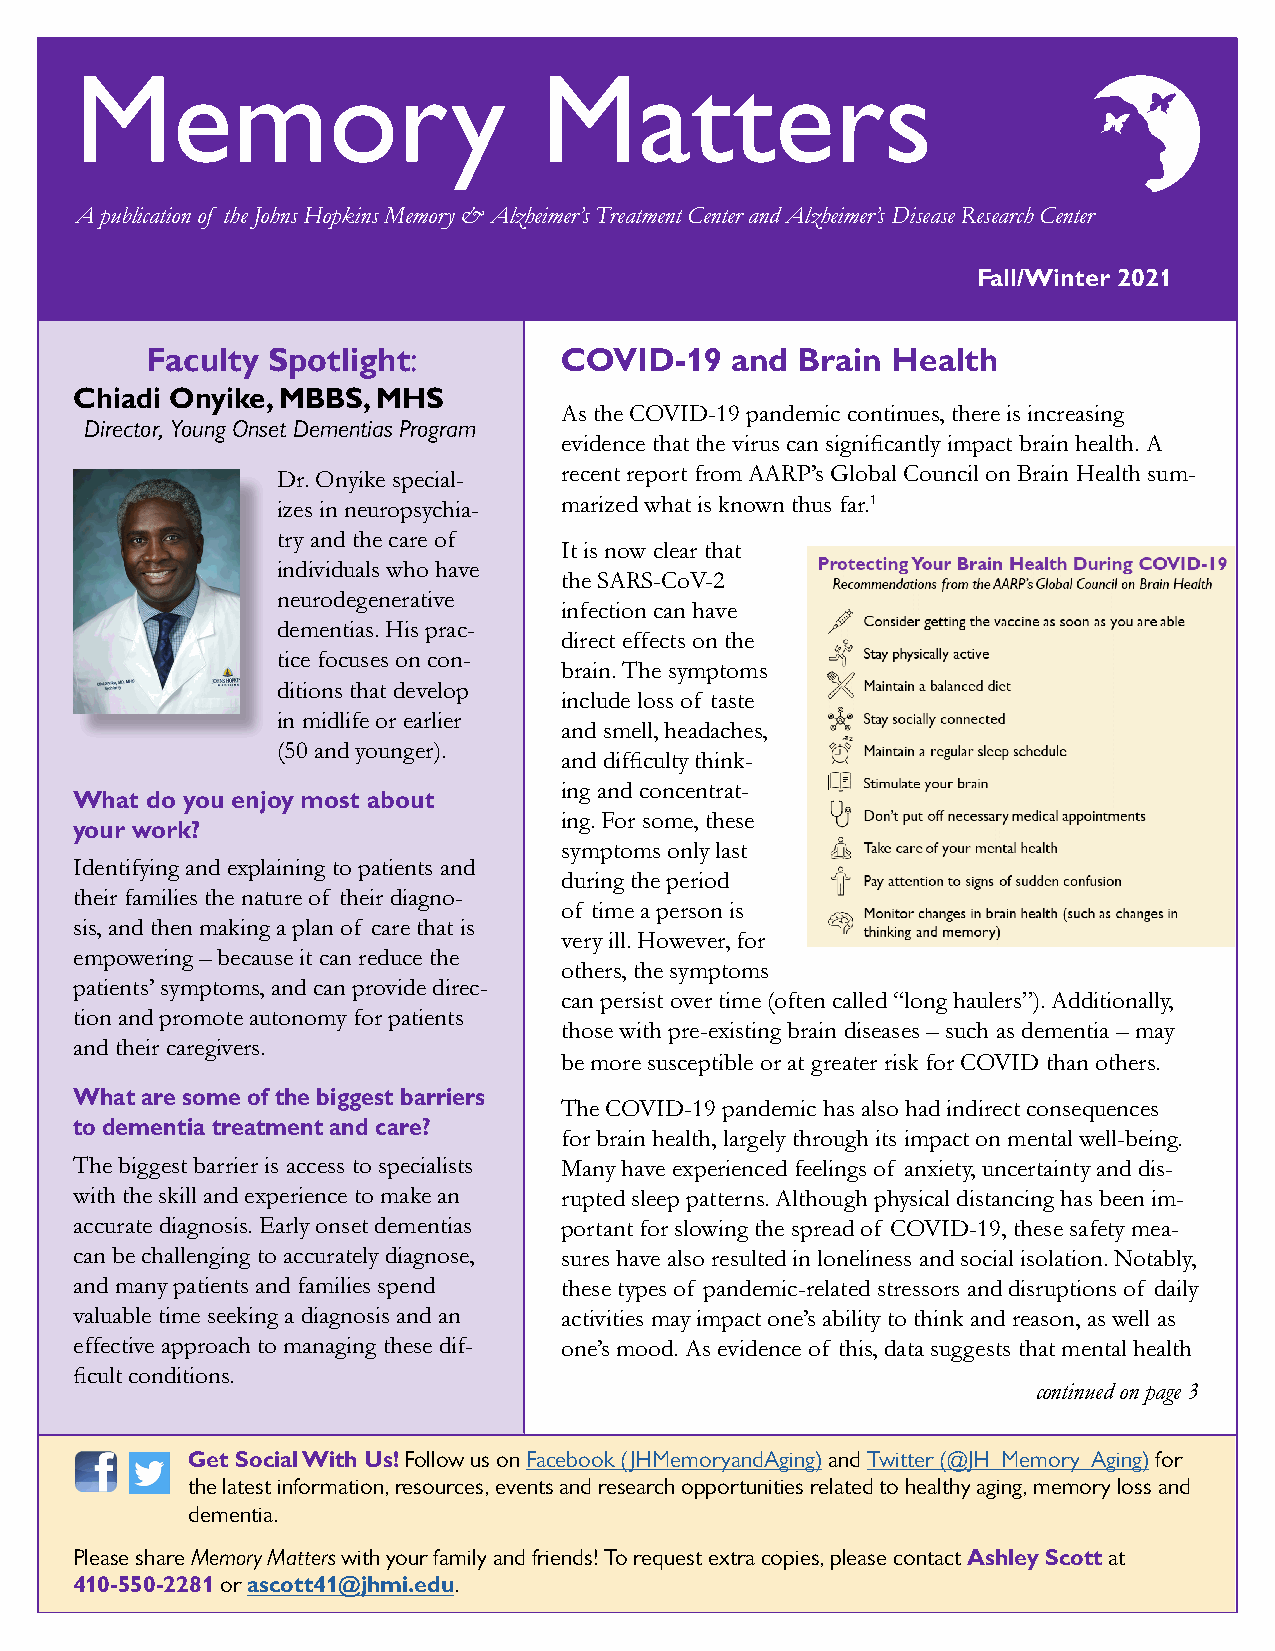
Memory                         Matters
 A publication of the Johns Hopkins Memory & Alzheimer’s Treatment Center and Alzheimer’s Disease Research Center
 Fall/Winter 2021
 Faculty Spotlight:         COVID-19   and  Brain Health
 Chiadi Onyike, MBBS, MHS
 As the COVID-19 pandemic continues, there is increasing
 Director, Young Onset Dementias Program
 evidence that the virus can significantly impact brain health. A
 recent report from AARP’s Global Council on Brain Health sum-
 Dr. Onyike special-
 izes in neuropsychia- marized what is known thus far.1
 try and the care of
 It is now clear that
 individuals who have
 the SARS-CoV-2
 neurodegenerative
 infection can have
 dementias. His prac-
 direct effects on the
 tice focuses on con-
 brain. The symptoms
 ditions that develop
 include loss of taste
 in midlife or earlier
 and smell, headaches,
 (50 and younger).
 and difficulty think-
 ing and concentrat-
 What do you enjoy most about
 ing. For some, these
 your work?
 symptoms only last
 Identifying and explaining to patients and
 during the period
 their families the nature of their diagno-
 of time a person is
 sis, and then making a plan of care that is
 very ill. However, for
 empowering – because it can reduce the
 others, the symptoms
 patients’ symptoms, and can provide direc-
 can persist over time (often called “long haulers”). Additionally,
 tion and promote autonomy for patients
 those with pre-existing brain diseases – such as dementia – may
 and their caregivers.
 be more susceptible or at greater risk for COVID than others.
 What are some of the biggest barriers
 The COVID-19 pandemic has also had indirect consequences
 to dementia treatment and care?
 for brain health, largely through its impact on mental well-being.
 The biggest barrier is access to specialists Many have experienced feelings of anxiety, uncertainty and dis-
 with the skill and experience to make an rupted sleep patterns. Although physical distancing has been im-
 accurate diagnosis. Early onset dementias portant for slowing the spread of COVID-19, these safety mea-
 can be challenging to accurately diagnose, sures have also resulted in loneliness and social isolation. Notably,
 and many patients and families spend these types of pandemic-related stressors and disruptions of daily
 valuable time seeking a diagnosis and an activities may impact one’s ability to think and reason, as well as
 effective approach to managing these dif- one’s mood. As evidence of this, data suggests that mental health
 ficult conditions.
 continued on page 3
 Get Social With Us! Follow us on Facebook (JHMemoryandAging) and Twitter (@JH_Memory_Aging) for
 the latest information, resources, events and research opportunities related to healthy aging, memory loss and
 dementia.
 Please share Memory Matters with your family and friends! To request extra copies, please contact Ashley Scott at
 410-550-2281 or ascott41@jhmi.edu.